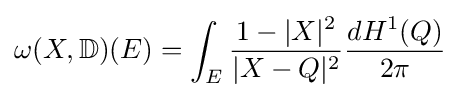
\omega (X,\mathbb {D} )(E)=\int _{E}{\frac {1-|X|^{2}}{|X-Q|^{2}}}{\frac {dH^{1}(Q)}{2\pi }}